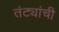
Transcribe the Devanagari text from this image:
तंट्यांची